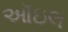
ઑઇલ